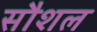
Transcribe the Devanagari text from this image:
सौशल